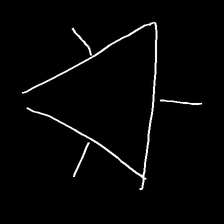
Glyph: fire